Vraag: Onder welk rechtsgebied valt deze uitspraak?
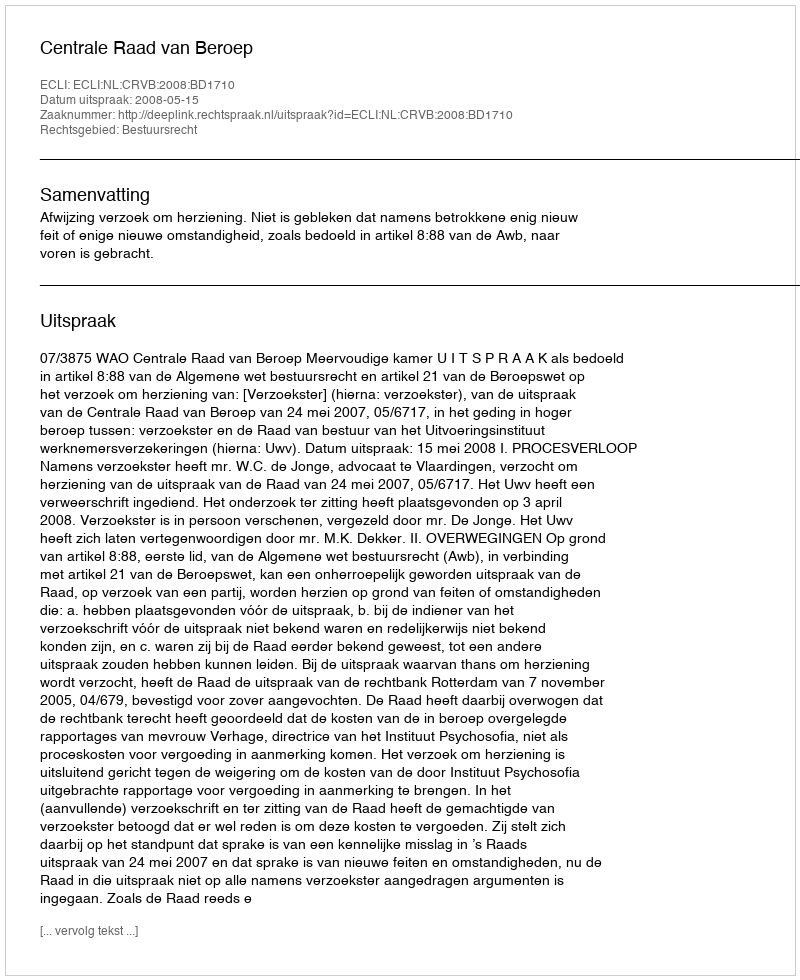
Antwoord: Bestuursrecht